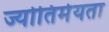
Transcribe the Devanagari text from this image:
ज्योतिर्मयता